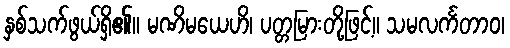
နှစ်သက်ဖွယ်ရှိ၏။ မဏိမယေဟိ၊ ပတ္တမြားတို့ဖြင့်။ သမလင်္ကတာဝ၊